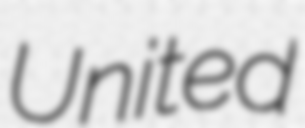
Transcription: United